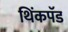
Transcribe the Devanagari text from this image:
थिंकपॅड